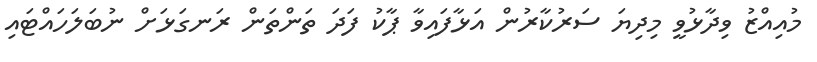
މުއިއްޒު ވިދާޅުވީ މިދިޔަ ސަރުކާރުން އަޅާފައިވާ ޕާކު ފަދަ ތަންތަން ރަނގަޅަށް ނުބަލަހައްޓައި